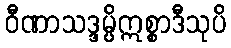
ဝီဏာသဒ္ဒမ္ပိဣစ္စာဒီသုပိ